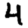
Digit: 4